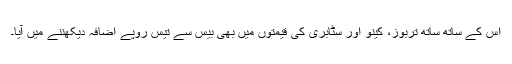
اس کے ساتھ ساتھ تربوز، کینو اور سٹابری کی قیمتوں میں بھی بیس سے تیس روپے اضافہ دیکھننے میں آیا۔